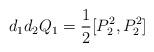
LaTeX: \begin{align*} d_1 d_2 Q_1 = \frac12 [P_2^2,P_2^2] \end{align*}